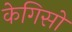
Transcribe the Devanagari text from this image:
केगिसो